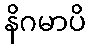
နိဂမာပိ